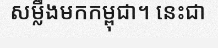
សម្លឹងមកកម្ពុជា។ នេះជា